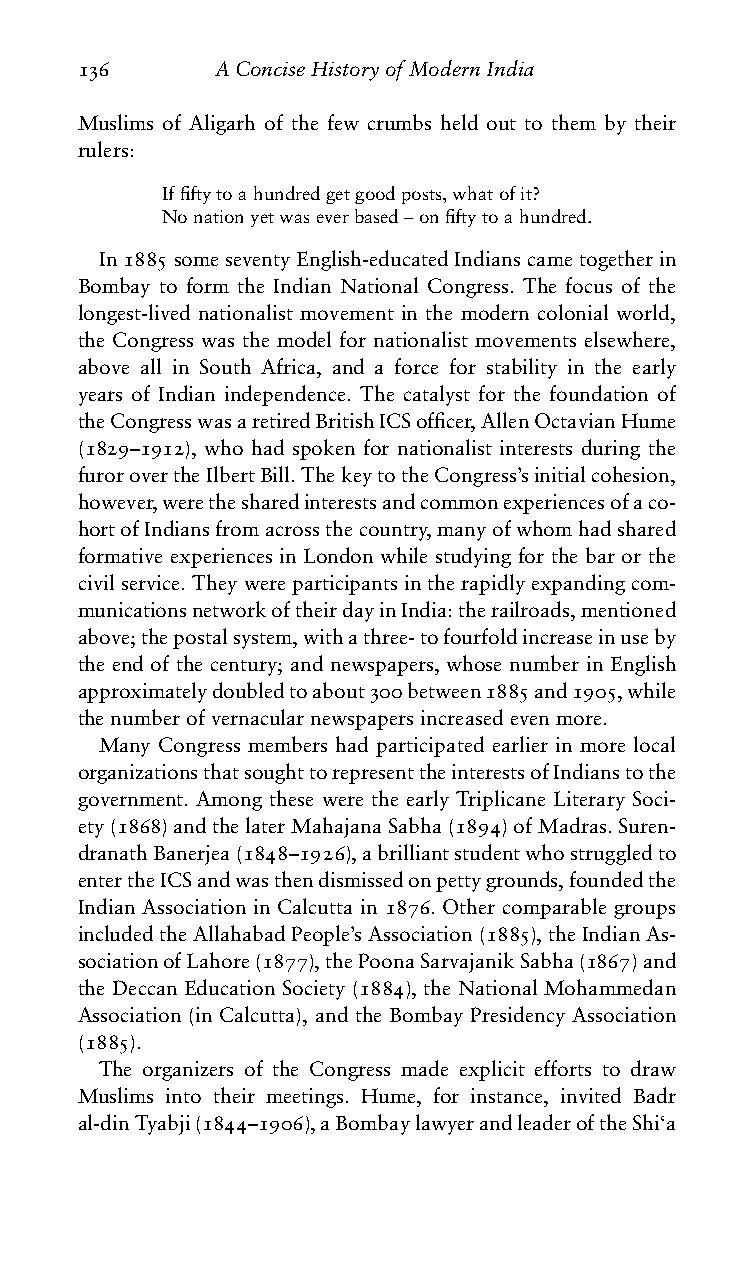
136      AConciseHistoryofModernIndia
 Muslims of Aligarh of the few crumbs held out to them by their
 rulers:
 Iffiftytoahundredgetgoodposts,whatofit?
 Nonationyetwaseverbased–onfiftytoahundred.
 In1885someseventyEnglish-educatedIndianscametogetherin
 Bombay to form the Indian National Congress. The focus of the
 longest-lived nationalist movement in the modern colonial world,
 the Congress was the model for nationalist movements elsewhere,
 above all in South Africa, and a force for stability in the early
 years of Indian independence. The catalyst for the foundation of
 theCongresswasaretiredBritishICSofficer,AllenOctavianHume
 (1829–1912), who had spoken for nationalist interests during the
 furorovertheIlbertBill.ThekeytotheCongress’sinitialcohesion,
 however,werethesharedinterestsandcommonexperiencesofaco-
 hortofIndiansfromacrossthecountry,manyofwhomhadshared
 formative experiences in London while studying for the bar or the
 civilservice.Theywereparticipantsintherapidlyexpandingcom-
 municationsnetworkoftheirdayinIndia:therailroads,mentioned
 above;thepostalsystem,withathree-tofourfoldincreaseinuseby
 the end of the century; and newspapers, whose number in English
 approximatelydoubledtoabout300between1885and1905,while
 thenumberofvernacularnewspapersincreasedevenmore.
 Many Congress members had participated earlier in more local
 organizationsthatsoughttorepresenttheinterestsofIndianstothe
 government. Among these were the early Triplicane Literary Soci-
 ety(1868)andthelaterMahajanaSabha(1894)ofMadras.Suren-
 dranathBanerjea(1848–1926),abrilliantstudentwhostruggledto
 entertheICSandwasthendismissedonpettygrounds,foundedthe
 Indian Association in Calcutta in 1876. Other comparable groups
 includedtheAllahabadPeople’sAssociation(1885),theIndianAs-
 sociationofLahore(1877),thePoonaSarvajanikSabha(1867)and
 the Deccan Education Society (1884), the National Mohammedan
 Association (in Calcutta), and the Bombay Presidency Association
 (1885).
 The organizers of the Congress made explicit efforts to draw
 Muslims into their meetings. Hume, for instance, invited Badr
 al-dinTyabji(1844–1906),aBombaylawyerandleaderoftheShi‘a